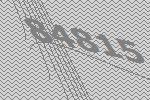
84815